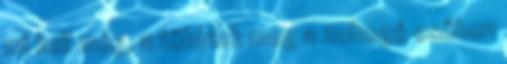
mi kell még, a többiek meg a zuhogó esőben